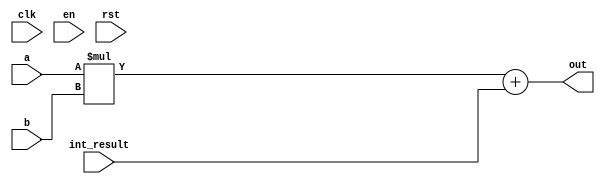
module alu (
    input wire clk,          
    input wire en,           
    input wire rst,          
    input wire [7:0] a,       
    input wire [7:0] b,       
    input wire [31:0] int_result, 
    output wire [31:0] out    
);
wire [31:0] c;
assign c = a * b;
assign out = c  + int_result;

endmodule